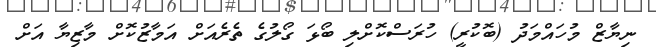
ނިޔާޒް މުހައްމަދު (ބޮކުރީ) ހުރަސްކޮށްލި ބޯޅަ ގޯލުގެ ތެރެއަށް އަމާޒުކޮށް މާޒިޔާ އަށް